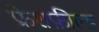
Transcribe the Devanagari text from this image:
फ्रेशफ़ील्ड